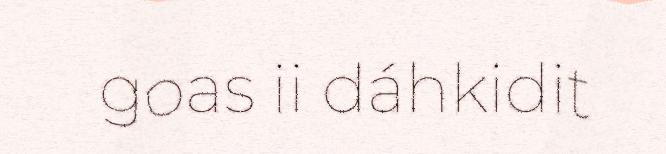
goas ii dáhkidit